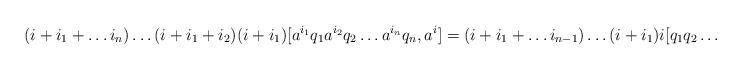
LaTeX: \begin{align*} (i+i_1+\ldots i_n)\ldots(i+i_1+i_2)(i+i_1)[a^{i_1}q_1a^{i_2}q_2\ldots a^{i_n}q_n, a^i]=(i+i_1+\ldots i_{n-1})\ldots(i+i_1)i[q_1q_2\ldots q_n, a^{i+\sum_k i_k}].\end{align*}